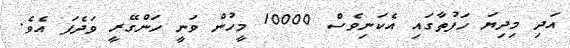
އަދި މިދިޔަ ހަފުތާގައި އެކަނިވެސް 10000 މީހުން ވަނީ ހަންގޭރީ ވަދެފަ އެވެ.